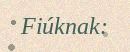
Fiúknak: